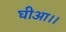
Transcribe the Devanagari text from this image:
घीआ।।